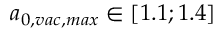
a _ { 0 , v a c , m a x } \in [ 1 . 1 ; 1 . 4 ]